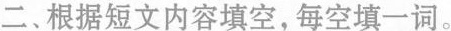
二、根据短文内容填空，每空填一词。